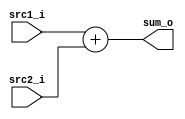
//Subject:     CO project 2 - Adder
//--------------------------------------------------------------------------------
//Version:     1
//--------------------------------------------------------------------------------
//Writer:04163150416005
//----------------------------------------------
//Date:
//----------------------------------------------
//Description:
//--------------------------------------------------------------------------------
//Done
module Adder(
    	src1_i,
	src2_i,
	sum_o
);

//I/O ports
input  [32-1:0]  src1_i;
input  [32-1:0]	 src2_i;
output [32-1:0]	 sum_o;

//Internal Signals
wire    [32-1:0]	 sum_o;
//test github
//Parameter

//Main function
assign sum_o = src1_i + src2_i;
////////////////////////////////
endmodule